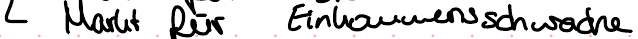
Markt für Einkommensschwache